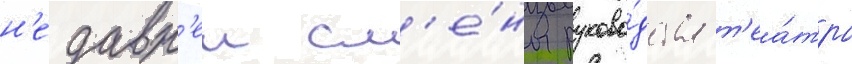
н'едавн'еи см'е́ны руково́дства т'еа́тра